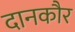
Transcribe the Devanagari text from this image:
दानकौर